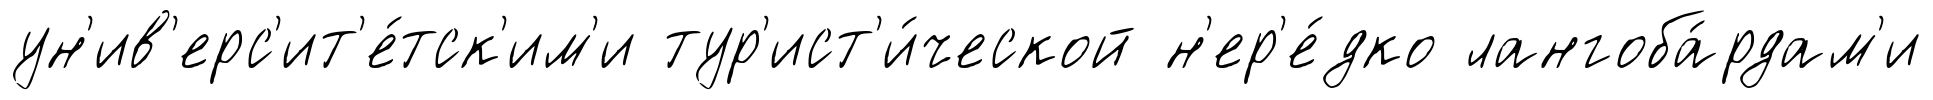
ун'ив'ерс'ит'е́тск'им'и тур'ист'и́ческой н'ер'е́дко лангоба́рдам'и